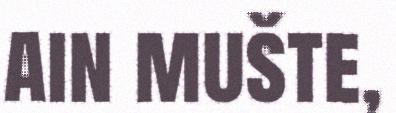
ain mušte,